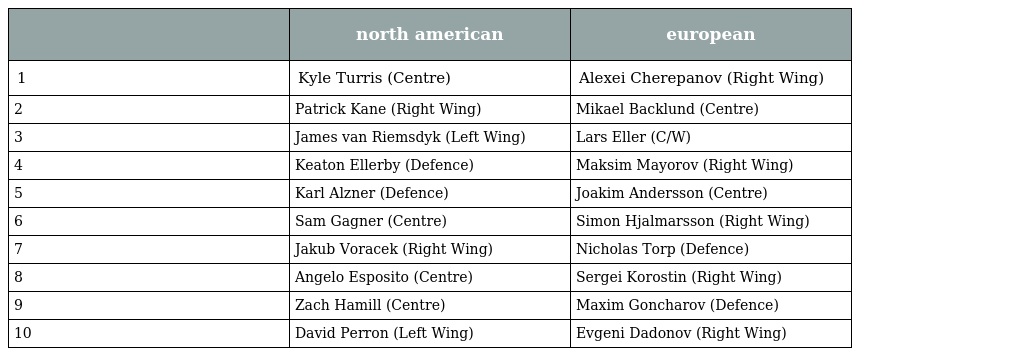
|  | north american | european |
 | --- | --- | --- |
 | 1 | Kyle Turris (Centre) | Alexei Cherepanov (Right Wing) |
 | 2 | Patrick Kane (Right Wing) | Mikael Backlund (Centre) |
 | 3 | James van Riemsdyk (Left Wing) | Lars Eller (C/W) |
 | 4 | Keaton Ellerby (Defence) | Maksim Mayorov (Right Wing) |
 | 5 | Karl Alzner (Defence) | Joakim Andersson (Centre) |
 | 6 | Sam Gagner (Centre) | Simon Hjalmarsson (Right Wing) |
 | 7 | Jakub Voracek (Right Wing) | Nicholas Torp (Defence) |
 | 8 | Angelo Esposito (Centre) | Sergei Korostin (Right Wing) |
 | 9 | Zach Hamill (Centre) | Maxim Goncharov (Defence) |
 | 10 | David Perron (Left Wing) | Evgeni Dadonov (Right Wing) |